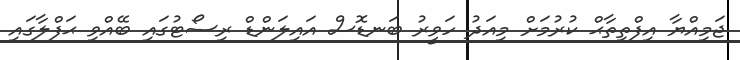
ޖަމިއްޔާ އިފްތިތާޙް ކުރުމަށް މިއަދު ހަވީރު ބަނޑޮސް އައިލަންޑް ރިސޯޓުގައި ބޭއްވި ޙަފްލާގައި